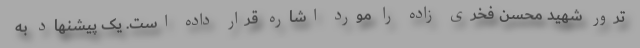
ترور شهید محسن فخری زاده را مورد اشاره قرار داده است. یک پیشنهاد به